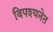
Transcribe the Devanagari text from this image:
विपश्यनेत